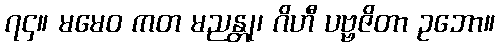
၇၄။ မမေဝ ကတ မညန္တု၊ ဂိဟီ ပဗ္ဗဇိတာ ဥဘော။